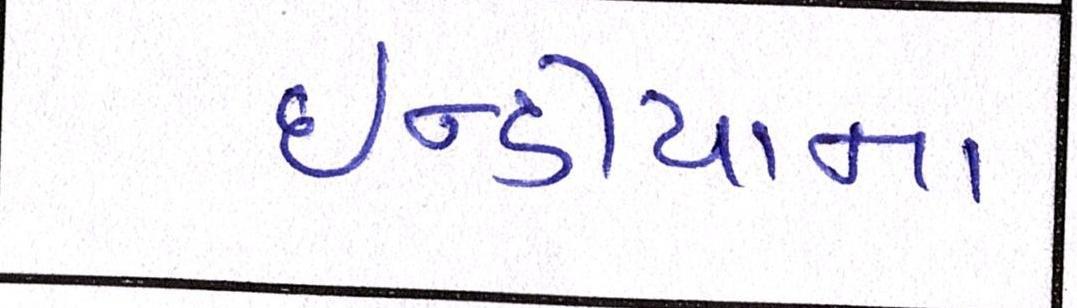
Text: ઇન્ડીયાના